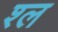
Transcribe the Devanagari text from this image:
श्‍ल